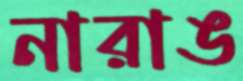
নারাঙ